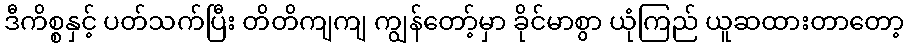
ဒီကိစ္စနှင့် ပတ်သက်ပြီး တိတိကျကျ ကျွန်တော့်မှာ ခိုင်မာစွာ ယုံကြည် ယူဆထားတာတော့